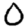
Digit: 0